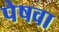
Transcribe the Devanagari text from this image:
पेषवा